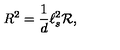
R ^ { 2 } = \frac { 1 } { d } \ell _ { s } ^ { 2 } { \cal R } ,